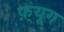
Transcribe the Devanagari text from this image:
फ़्यूग